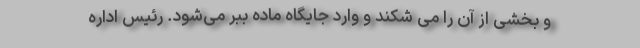
و بخشی از آن را می شکند و وارد جایگاه ماده ببر می‌شود. رئیس اداره